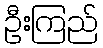
ဦးကြည်